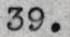
39.